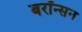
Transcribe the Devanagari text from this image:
बरॉन्सन